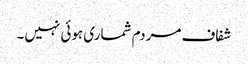
شفاف مردم شماری ہوئی نہیں۔